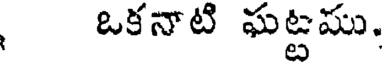
ఒకనాటి ఘట్టము.